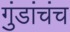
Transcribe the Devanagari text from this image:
गुंडांचंच